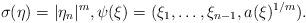
LaTeX: \begin{align*}\sigma(\eta)=|\eta_n|^m,\psi(\xi)=(\xi_1,\ldots,\xi_{n-1},a(\xi)^{1/m}).\end{align*}